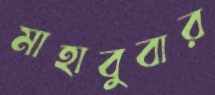
মাহাবুবার